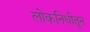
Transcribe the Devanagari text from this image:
लोकनिधीतून